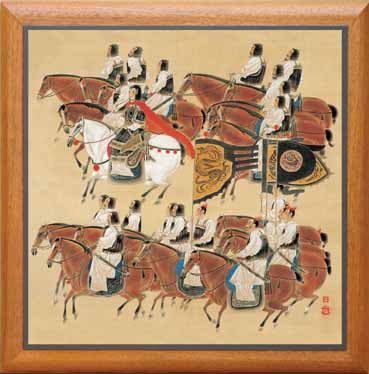
几度思归还把酒，拂云堆上祝明妃。